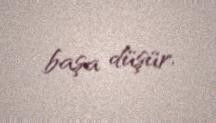
başa düşür.